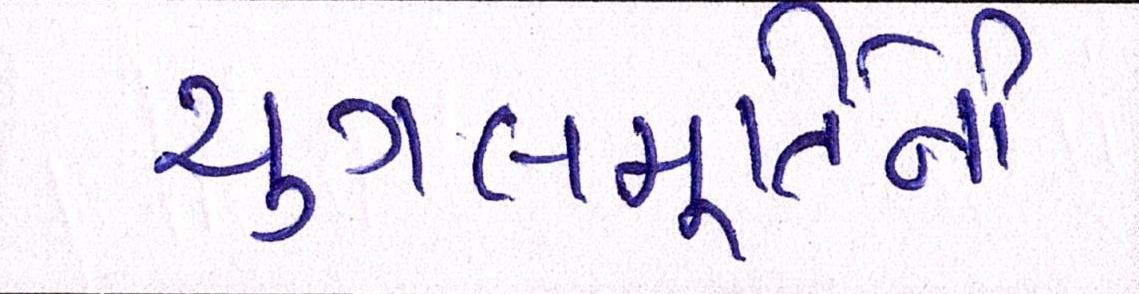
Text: યુગલમૂર્તિની